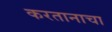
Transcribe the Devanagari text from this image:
करतानाचा